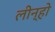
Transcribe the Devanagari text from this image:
लीन्हो